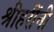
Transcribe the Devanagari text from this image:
श्रीहरींनी